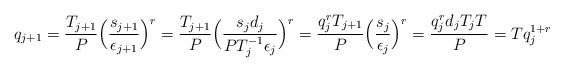
LaTeX: \begin{align*}q_{j+1} = \frac{T_{j+1}}{P} \Big(\frac{s_{j+1}}{\epsilon_{j+1}}\Big)^r = \frac{T_{j+1}}{P} \Big(\frac{s_{j}d_{j}}{PT^{-1}_{j}\epsilon_{j}}\Big)^r = \frac{q^r_{j} T_{j+1} }{P }\Big(\frac{s_{j}}{\epsilon_{j}}\Big)^r= \frac{q^r_{j} d_j { T_{j}} T}{P } = T q^{1+r}_{j} \end{align*}